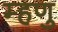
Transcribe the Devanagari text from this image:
म्हणु